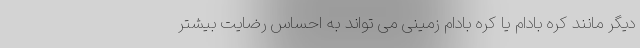
دیگر مانند کره بادام یا کره بادام زمینی می تواند به احساس رضایت بیشتر